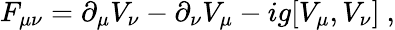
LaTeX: F_{\mu\nu}=\partial_{\mu}V_{\nu}-\partial_{\nu}V_{\mu}-ig[V_{\mu},V_{\nu}]\ ,